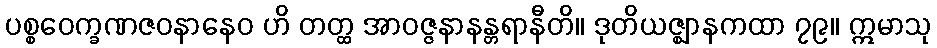
ပစ္စဝေက္ခဏဇဝနာနေဝ ဟိ တတ္ထ အာဝဇ္ဇနာနန္တရာနီတိ။ ဒုတိယဇ္ဈာနကထာ ၇၉။ ဣမာသု